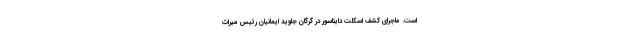
است. ماجرای کشف اسکلت دایناسور در گرگان جاوید ایمانیان رئیس میراث